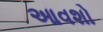
આવશો